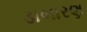
ડાબારણ